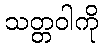
သတ္တဝါကို